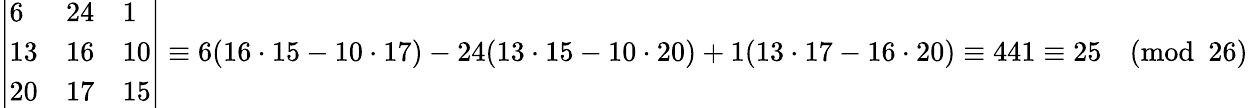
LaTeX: {\left|\begin{array}{lll}{6}&{24}&{1}\\ {13}&{16}&{10}\\ {20}&{17}&{15}\end{array}\right|}\equiv 6(16\cdot 15-10\cdot 17)-24(13\cdot 15-10\cdot 20)+1(13\cdot 17-16\cdot 20)\equiv 441\equiv 25{\pmod{26}}